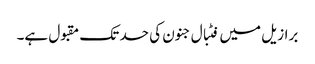
برازیل میں فٹبال جنون کی حد تک مقبول ہے۔